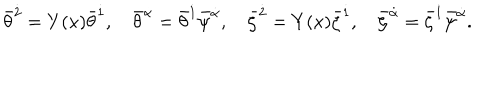
LaTeX: { \bar { \theta } } ^ { \dot { 2 } } = Y ( x ) { \bar { \theta } } ^ { \dot { 1 } } , \quad { \bar { \theta } } ^ { \dot { \alpha } } = { \bar { \theta } } ^ { \dot { 1 } } { \bar { \psi } } ^ { \dot { \alpha } } , \quad { \bar { \zeta } } ^ { \dot { 2 } } = Y ( x ) { \bar { \zeta } } ^ { \dot { 1 } } , \quad { \bar { \zeta } } ^ { \dot { \alpha } } = { \bar { \zeta } } ^ { \dot { 1 } } { \bar { \psi } } ^ { \dot { \alpha } } .